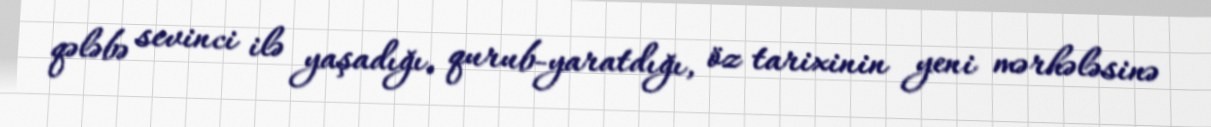
qələbə sevinci ilə yaşadığı, qurub-yaratdığı, öz tarixinin yeni mərhələsinə